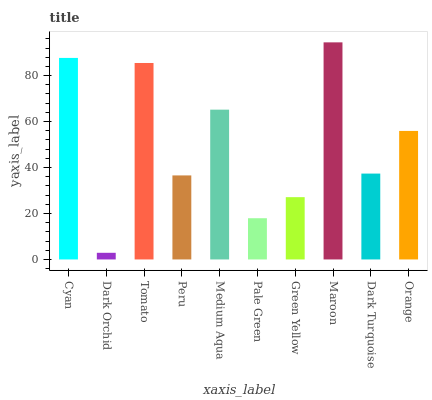
| xaxis_label | bars |
 | --- | --- |
 | Cyan | 87.7 |
 | Dark Orchid | 2.9 |
 | Tomato | 85.5 |
 | Peru | 36.6 |
 | Medium Aqua | 65.2 |
 | Pale Green | 17.9 |
 | Green Yellow | 27.1 |
 | Maroon | 94.5 |
 | Dark Turquoise | 37.4 |
 | Orange | 55.9 |